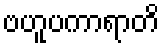
ဗဟူပကာရာတိ